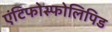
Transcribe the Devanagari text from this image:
एंटिफोस्फोलिपिड